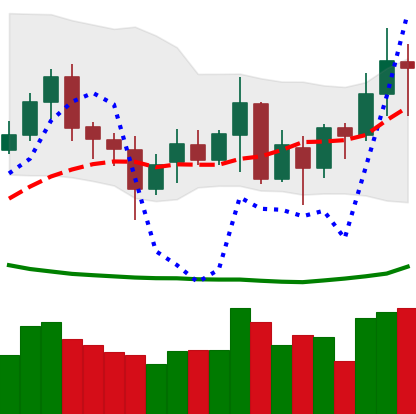
Ticker: XMR-USD
Chart end date: 2020-07-10
Forward return: 4.885%
Label: up_3_5